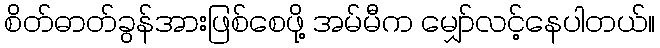
စိတ်ဓာတ်ခွန်အားဖြစ်စေဖို့ အမ်မီက မျှော်လင့်နေပါတယ်။